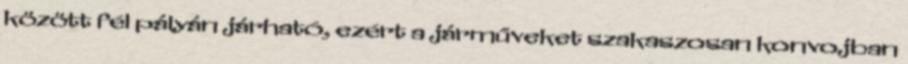
között fél pályán járható, ezért a járműveket szakaszosan konvojban